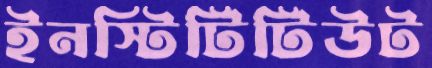
ইনস্টিটিটিউট